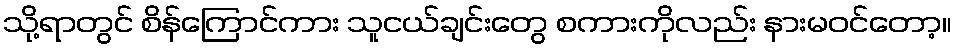
သို့ရာတွင် စိန်ကြောင်ကား သူငယ်ချင်းတွေ စကားကိုလည်း နားမဝင်တော့။